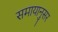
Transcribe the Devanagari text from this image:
समायानुसर